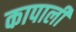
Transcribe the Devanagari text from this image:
कापाली